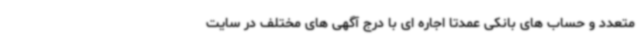
متعدد و حساب های بانکی عمدتا اجاره ای با درج آگهی های مختلف در سایت